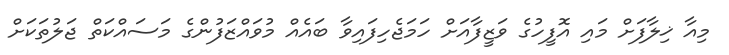
މިއާ ޚިލާފަށް މައި އޮފީހުގެ ވަޒީފާއަށް ހަމަޖެހިފައިވާ ބައެއް މުވައްޒަފުންގެ މަސައްކަތް ޖަލުތަކަށް